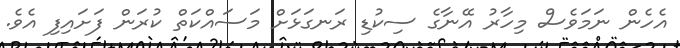
އެހެން ނަމަވެސް މިހާރު އޭނާގެ ސިކުޑި ރަނގަޅަށް މަސައްކަތް ކުރަން ފަށައިފި އެވެ.